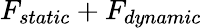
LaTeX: F_{static}+F_{dynamic}